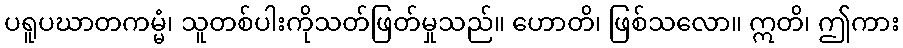
ပရူပဃာတကမ္မံ၊ သူတစ်ပါးကိုသတ်ဖြတ်မှုသည်။ ဟောတိ၊ ဖြစ်သလော။ ဣတိ၊ ဤကား